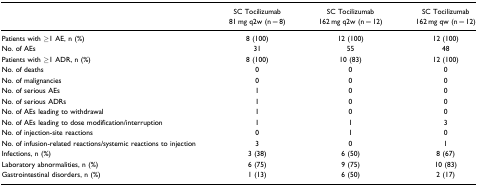
<table><thead><tr><td></td><td><b>SC Tocilizumab 81 mg q2w (n = 8)</b></td><td><b>SC Tocilizumab 162 mg q2w (n = 12)</b></td><td><b>SC Tocilizumab 162 mg qw (n = 12)</b></td></tr></thead><tbody><tr><td>Patients with ≥1 AE, n (%)</td><td>8 (100)</td><td>12 (100)</td><td>12 (100)</td></tr><tr><td>No. of AEs</td><td>31</td><td>55</td><td>48</td></tr><tr><td>Patients with ≥1 ADR, n (%)</td><td>8 (100)</td><td>10 (83)</td><td>12 (100)</td></tr><tr><td>No. of deaths</td><td>0</td><td>0</td><td>0</td></tr><tr><td>No. of malignancies</td><td>0</td><td>0</td><td>0</td></tr><tr><td>No. of serious AEs</td><td>1</td><td>0</td><td>0</td></tr><tr><td>No. of serious ADRs</td><td>1</td><td>0</td><td>0</td></tr><tr><td>No. of AEs leading to withdrawal</td><td>1</td><td>0</td><td>0</td></tr><tr><td>No. of AEs leading to dose modification/interruption</td><td>1</td><td>1</td><td>3</td></tr><tr><td>No. of injection-site reactions</td><td>0</td><td>1</td><td>0</td></tr><tr><td>No. of infusion-related reactions/systemic reactions to injection</td><td>3</td><td>0</td><td>1</td></tr><tr><td>Infections, n (%)</td><td>3 (38)</td><td>6 (50)</td><td>8 (67)</td></tr><tr><td>Laboratory abnormalities, n (%)</td><td>6 (75)</td><td>9 (75)</td><td>10 (83)</td></tr><tr><td>Gastrointestinal disorders, n (%)</td><td>1 (13)</td><td>6 (50)</td><td>2 (17)</td></tr></tbody></table>